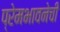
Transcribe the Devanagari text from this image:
प्रेमभावनेची